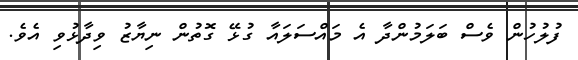
ފުލުހުން ވެސް ބަލަމުންދާ އެ މައްސަލައާ ގުޅޭ ގޮތުން ނިޔާޒު ވިދާޅުވި އެވެ.